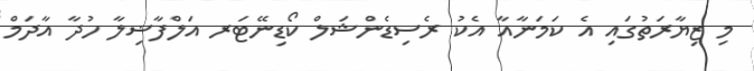
މި ޒިޔާރަތުގައި އެ ކަމަނާއާ އެކު ރެސިޑެންޝަލް ކޯޑިނޭޓަރ އަލްފާޟިލާ ހުދާ އާދަމް